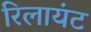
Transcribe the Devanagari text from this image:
रिलायंट